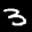
Label: 3